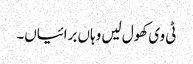
ٹی وی کھول لیں وہاں برائیاں۔